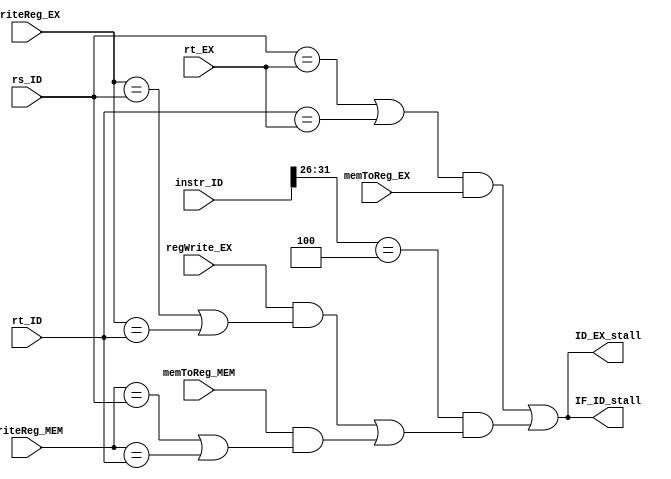
// This is the stall logic
module hazard
(
    instr_ID,
    rt_EX,
    rs_ID,
    rt_ID,
    writeReg_MEM,
    writeReg_EX,
    memToReg_EX,
    memToReg_MEM,
    regWrite_EX,
    IF_ID_stall,
    ID_EX_stall
);

    input [31:0] instr_ID;
    input [4:0] rt_EX, rs_ID, rt_ID, writeReg_MEM, writeReg_EX;
    input memToReg_EX, memToReg_MEM, regWrite_EX;
    output reg IF_ID_stall, ID_EX_stall;

    reg lwStall, bStall;

    always @(*)
    begin
        lwStall = ((rs_ID == rt_EX) || (rt_ID == rt_EX)) && memToReg_EX;

        bStall = (instr_ID[31:26] == 6'b000100) & (regWrite_EX & (writeReg_EX == rs_ID | writeReg_EX == rt_ID) | memToReg_MEM & (writeReg_MEM == rs_ID | writeReg_MEM == rt_ID));

        IF_ID_stall = lwStall || bStall;
        ID_EX_stall = lwStall || bStall;
    end

endmodule